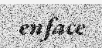
enface